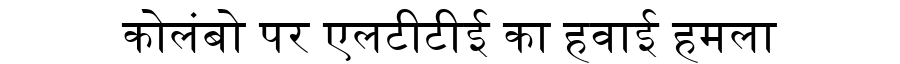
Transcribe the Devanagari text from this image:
कोलंबो पर एलटीटीई का हवाई हमला